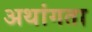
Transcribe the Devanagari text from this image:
अथांगता